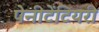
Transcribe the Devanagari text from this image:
पेनीटेंटियरी